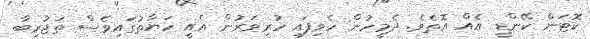
ކޮޓަން ކޭންޑީ އެއް އޮތެވެ. ދެމީހުން ހެވިފައި ހުރިވަރުން އެއީ ހަޔާތުގައިވެސް ތަޖުރިބާ